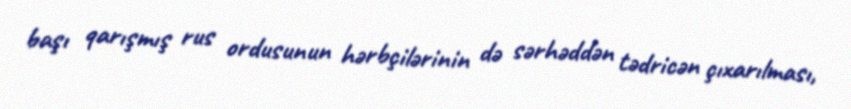
başı qarışmış rus ordusunun hərbçilərinin də sərhəddən tədricən çıxarılması,